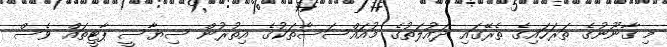
މި ގާނޫނުގެ ތަރަހައިގެ ތެރޭގައި ދައުލަތުގެ މުއައްސަސާތަކުގެ އިތުރުން ސިޔާސީ ޕާޓީތައް ވެސް